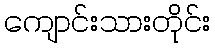
ကျောင်းသားတိုင်း